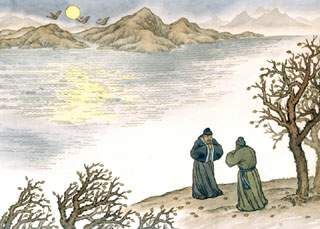
江上月明胡雁过，淮南木落楚山多。